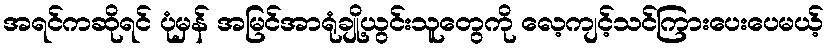
အရင်ကဆိုရင် ပုံမှန် အမြင်အာရုံချို့ယွင်းသူတွေကို လေ့ကျင့်သင်ကြားပေးပေမယ့်